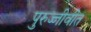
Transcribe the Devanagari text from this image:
पुरुज्जीवीत